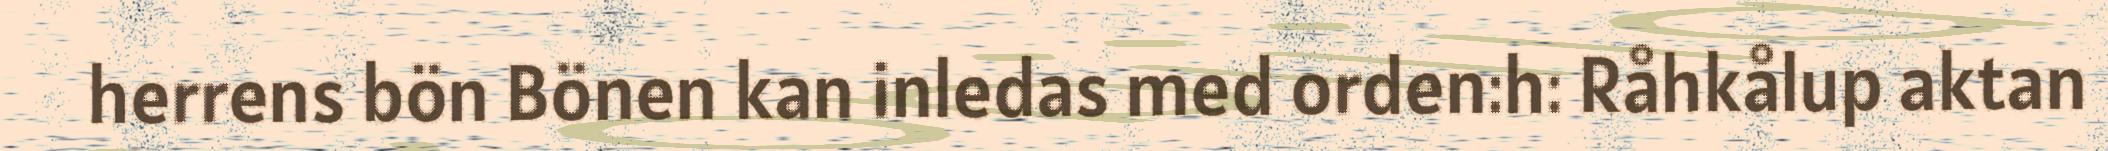
herrens bön Bönen kan inledas med orden:h: Råhkålup aktan